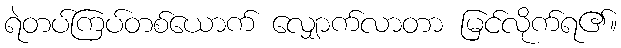
ရဲတပ်ကြပ်တစ်ယောက် လျှောက်လာတာ မြင်လိုက်ရ၏။